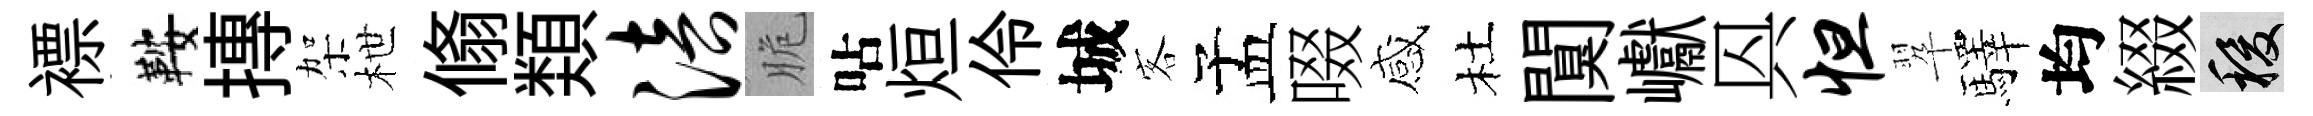
褾鞍摶架枻翛𩔖涪脆呫烜伶城客孟啜感杜闃巘㒷怛翆驛均綴稷